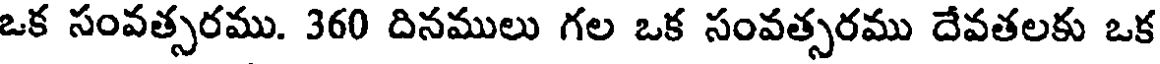
ఒక సంవత్సరము. 360 దినములు గల ఒక సంవత్సరము దేవతలకు ఒక